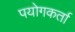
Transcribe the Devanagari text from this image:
पयोगकर्ता